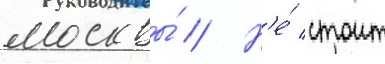
москвы́ // Н'е́ стоит